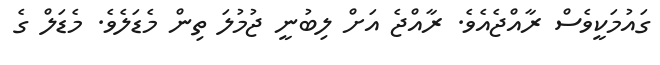
ގައުމަކީވެސް ރާއްޖެއެވެ. ރާއްޖެ އަށް ލިބުނީ ޖުމުލަ ތިން މެޑަލެވެ. މެޑަލް ގެ